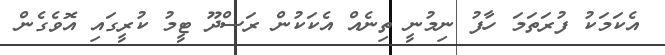
އެކަމަކު ފުރަތަމަ ހާފު ނިމުނީ ތިނެއް އެކަކުން ރަސްދޫ ޓީމު ކުރީގައި އޮވެގެން